Scottish Certificate of Education, 1962
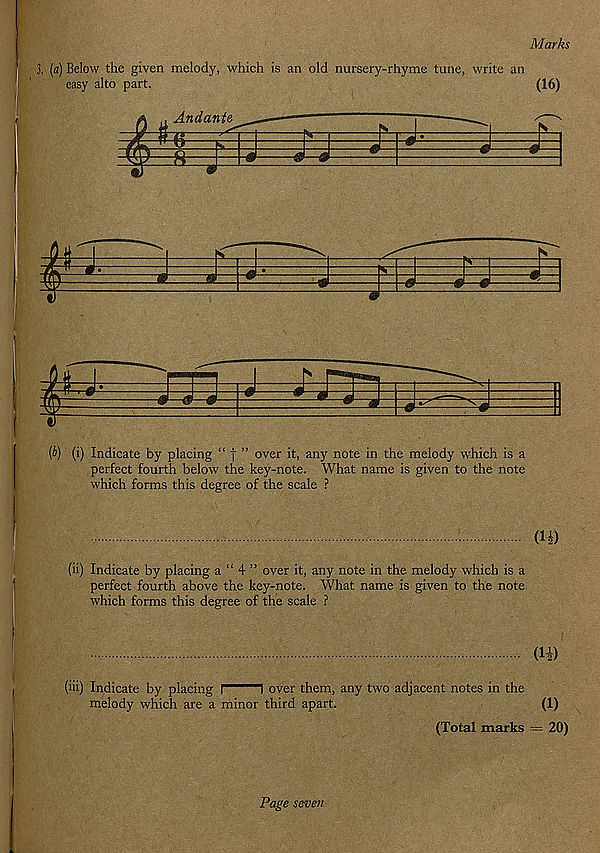
Marks
3, [a) Below the given melody, which is an old nursery-rhyme tune, write an
easy alto part.
(16)
(A) (i) Indicate by placing “ f ” over it, any note in the melody which is a
perfect fourth below the key-note. What name is given to the note
which forms this degree of the scale ?
(4)
(ii) Indicate by placing a “ 4 ” over it, any note in the melody which is a
perfect fourth above the key-note. What name is given to the note
which forms this degree of the scale ?
(H)
(Hi) Indicate by placing i
I over them, any two adjacent notes in the
melody which are a minor third apart.
(1)
(Total marks = 20)
Page seven